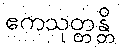
ဧကသုတ္တန္တိ